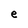
Character: e